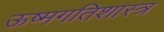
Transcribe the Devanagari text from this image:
ऊष्मगतिशास्त्र